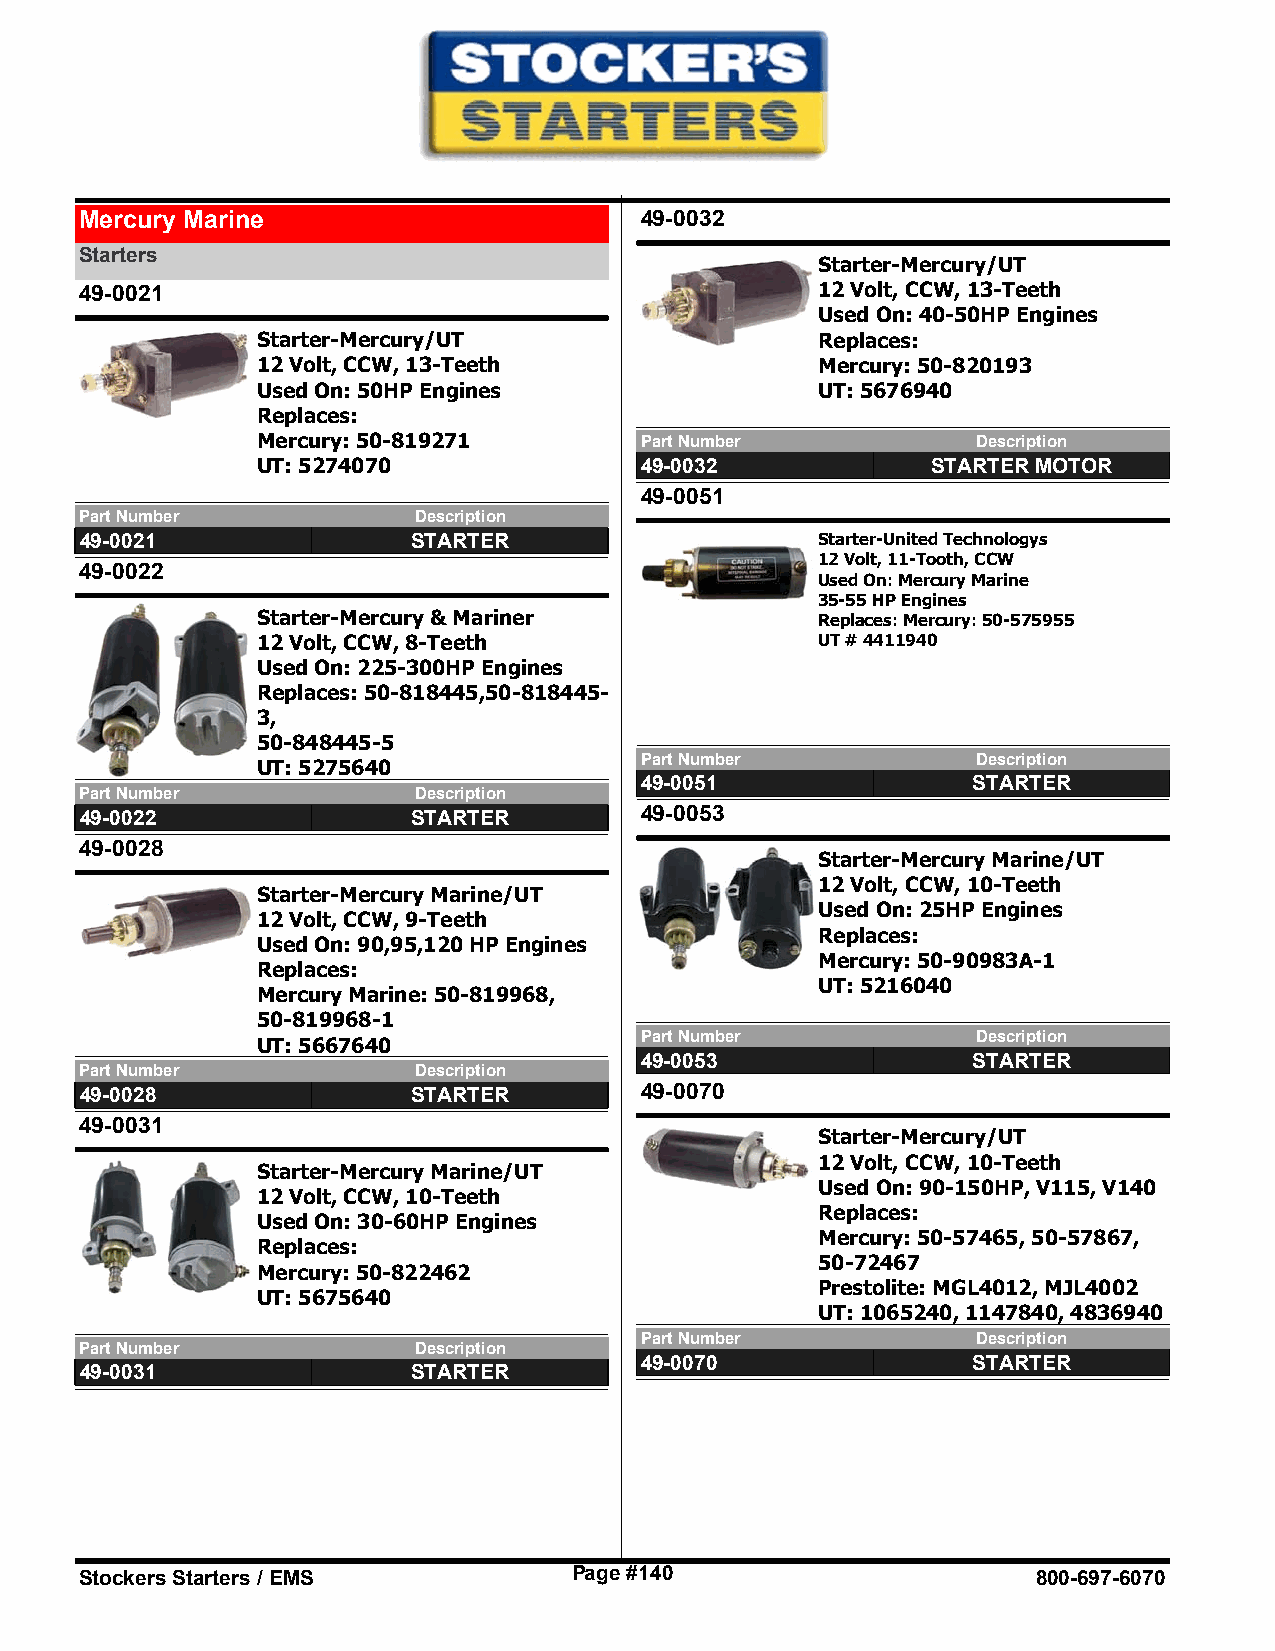
Mercury Marine                       49-0032
 Starters
 Starter-Mercury/UT
 49-0021                                          12 Volt, CCW, 13-Teeth
 Used On: 40-50HP Engines
 Starter-Mercury/UT                   Replaces:
 12 Volt, CCW, 13-Teeth               Mercury: 50-820193
 Used On: 50HP Engines                UT: 5676940
 Replaces:
 Mercury: 50-819271       Part Number            Description
 UT: 5274070              49-0032             STARTER MOTOR
 49-0051
 Part Number           Description
 49-0021               STARTER                    Starter-United Technologys
 12 Volt, 11-Tooth, CCW
 49-0022
 Used On: Mercury Marine
 35-55 HP Engines
 Starter-Mercury & Mariner            Replaces: Mercury: 50-575955
 12 Volt, CCW, 8-Teeth                UT # 4411940
 Used On: 225-300HP Engines
 Replaces: 50-818445,50-818445-
 3,
 50-848445-5
 Part Number            Description
 UT: 5275640
 49-0051               STARTER
 Part Number           Description
 49-0022               STARTER        49-0053
 49-0028
 Starter-Mercury Marine/UT
 12 Volt, CCW, 10-Teeth
 Starter-Mercury Marine/UT
 Used On: 25HP Engines
 12 Volt, CCW, 9-Teeth
 Replaces:
 Used On: 90,95,120 HP Engines
 Mercury: 50-90983A-1
 Replaces:
 UT: 5216040
 Mercury Marine: 50-819968,
 50-819968-1
 Part Number            Description
 UT: 5667640
 49-0053               STARTER
 Part Number           Description
 49-0028               STARTER        49-0070
 49-0031
 Starter-Mercury/UT
 12 Volt, CCW, 10-Teeth
 Starter-Mercury Marine/UT
 Used On: 90-150HP, V115, V140
 12 Volt, CCW, 10-Teeth
 Replaces:
 Used On: 30-60HP Engines
 Mercury: 50-57465, 50-57867,
 Replaces:
 50-72467
 Mercury: 50-822462
 Prestolite: MGL4012, MJL4002
 UT: 5675640
 UT: 1065240, 1147840, 4836940
 Part Number            Description
 Part Number           Description
 49-0070               STARTER
 49-0031               STARTER
 Stockers Starters / EMS          Page #140                      800-697-6070